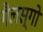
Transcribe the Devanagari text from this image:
गैलस्गो